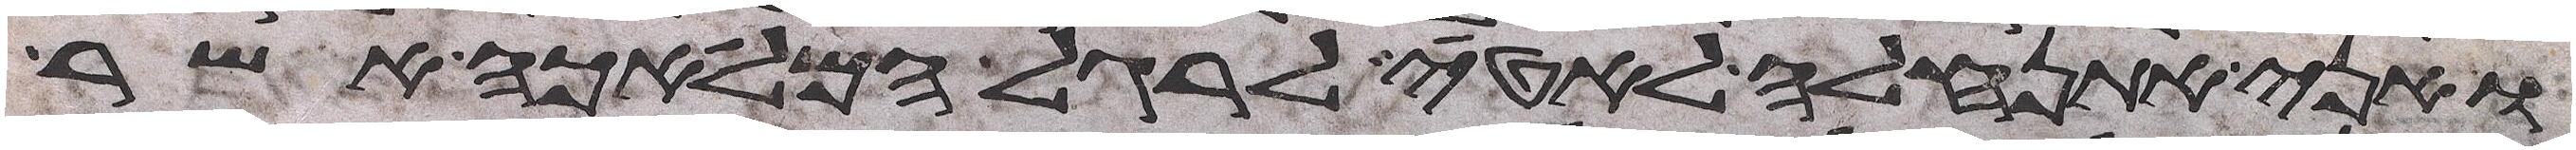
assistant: ואני אתנהלה לאטי לרגל המלאכה אשר